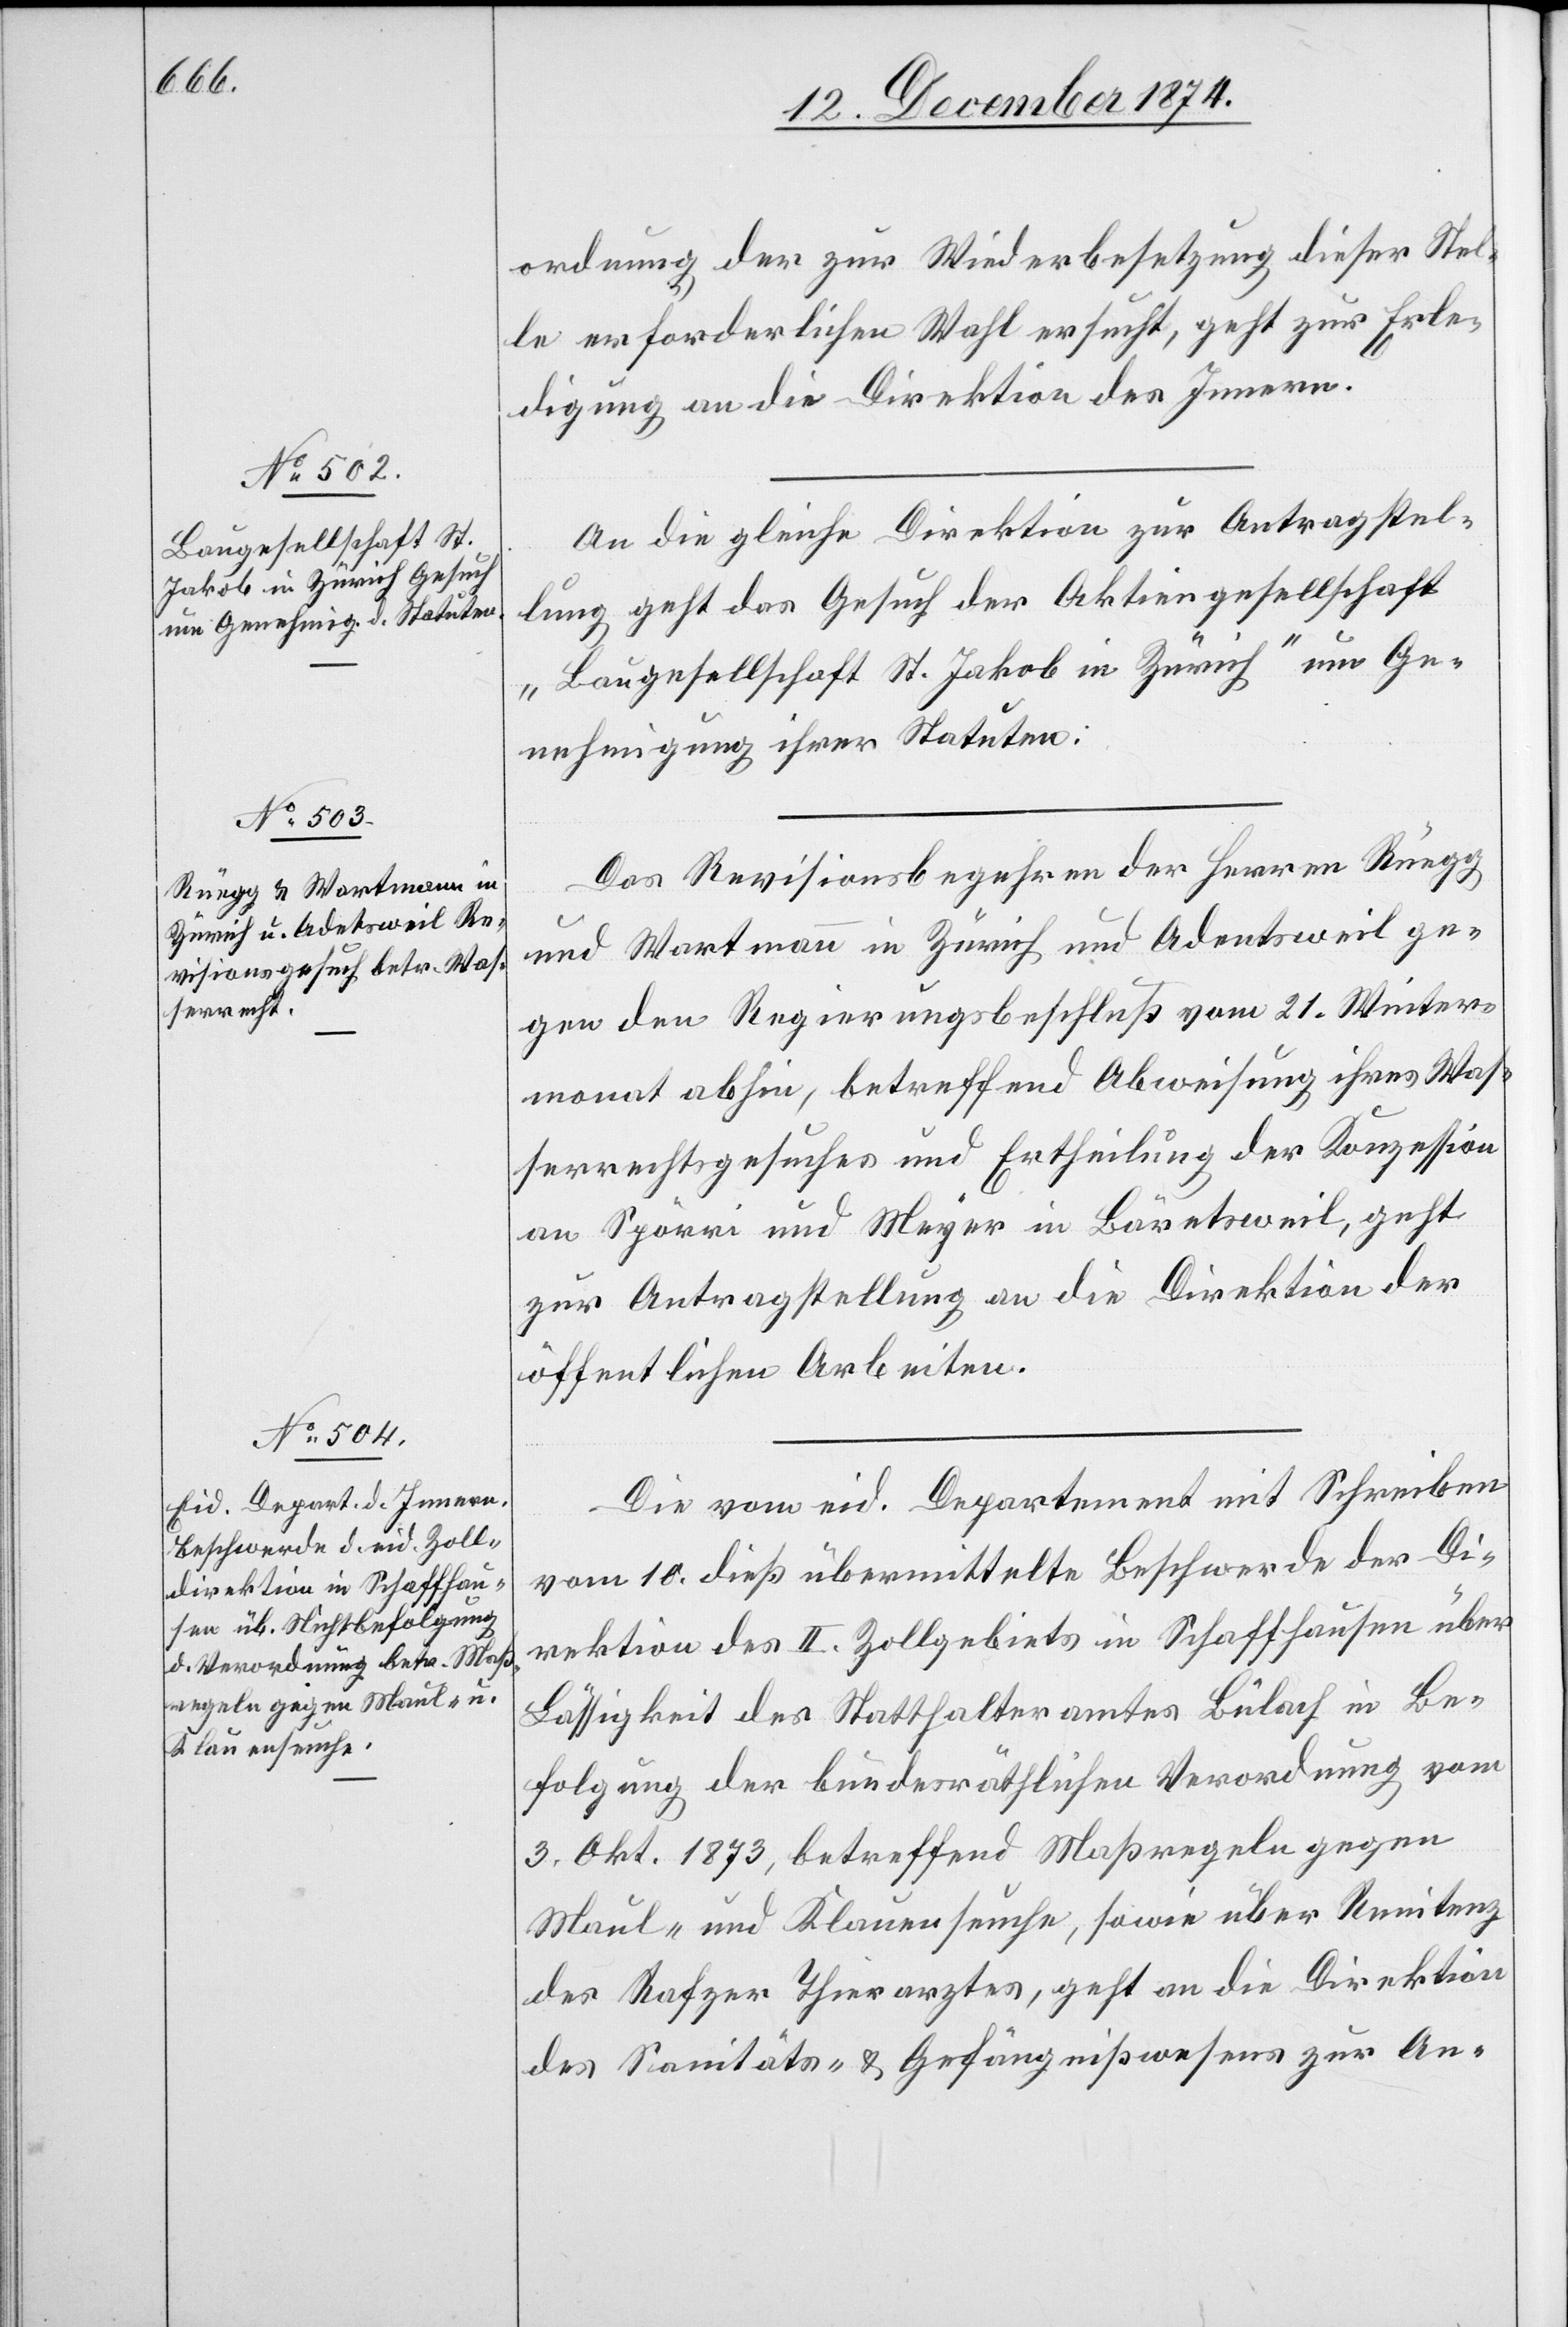
12. Dezember 1874.]
ordnung der zur Wiederbesetzung dieser Stel¬
le erforderlichen Wahl ersucht, geht zur Erle¬
digung an die Direktion des Innern.
An die gleiche Direktion zur Antragstel¬
lung geht das Gesuch der Aktiengesellschaft
„Baugesellschaft St. Jakob in Zürich“ um Ge¬
nehmigung ihrer Statuten.
Das Revisionsbegehren der Herren Rüegg
und Wartmann in Zürich und Adentsweil
gegen den Regierungsbeschluß vom 21. Winter¬
monat abhin, betreffend Abweisung ihres Was¬
serrechtsgesuches und Ertheilung der Konzession
an Spörri und Meyer in Bäretsweil, geht
zur Antragstellung an die Direktion der
öffentlichen Arbeiten.
Die vom eid. Departement mit Schreiben
vom 10. dieß übermittelte Beschwerde der Di¬
rektion des II. Zollgebiets in Schaffhausen über
Lässigkeit des Statthalteramtes Bülach in Be¬
folgung der bundesräthlichen Verordnung vom
3. Okt. 1873, betreffend Maßregeln gegen
Maul- und Klauenseuche, sowie über Renitenz
des Rafzer Thierarztes, geht an die Direktion
des Sanitäts- & Gefängnißwesens zur An-